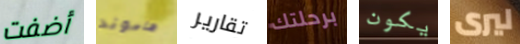
أضفت هاموند تقارير برحلتك يكون ليرى